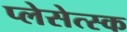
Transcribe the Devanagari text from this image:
प्लेसेत्स्क